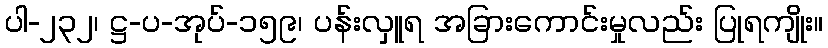
ပါ-၂၃၂၊ ဋ္ဌ-ပ-အုပ်-၁၅၉၊ ပန်းလှူရ အခြားကောင်းမှုလည်း ပြုရကျိုး။